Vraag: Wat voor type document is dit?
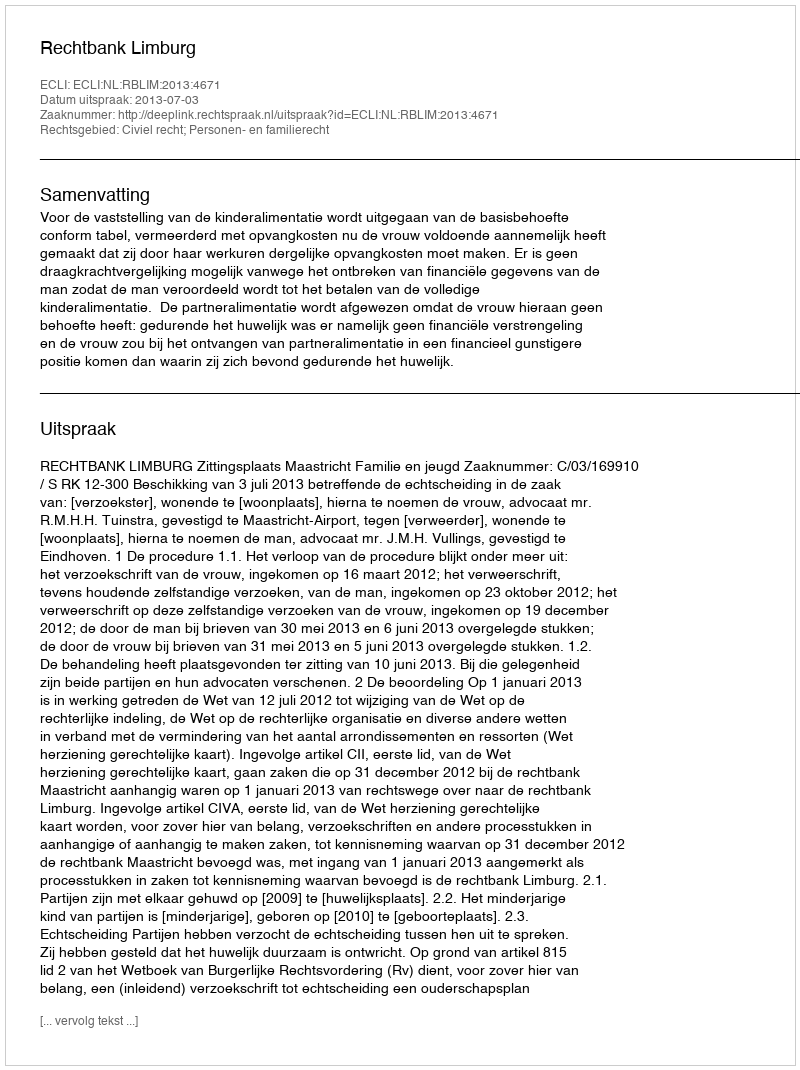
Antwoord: Uitspraak